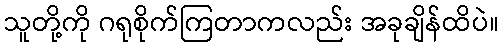
သူတို့ကို ဂရုစိုက်ကြတာကလည်း အခုချိန်ထိပဲ။